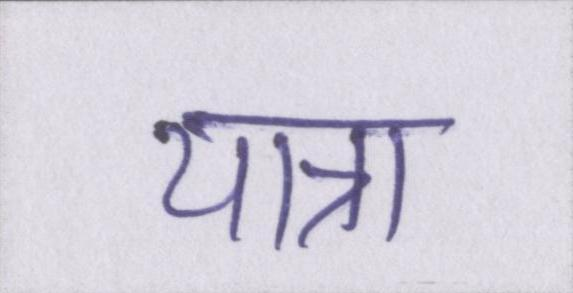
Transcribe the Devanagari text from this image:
यात्रा